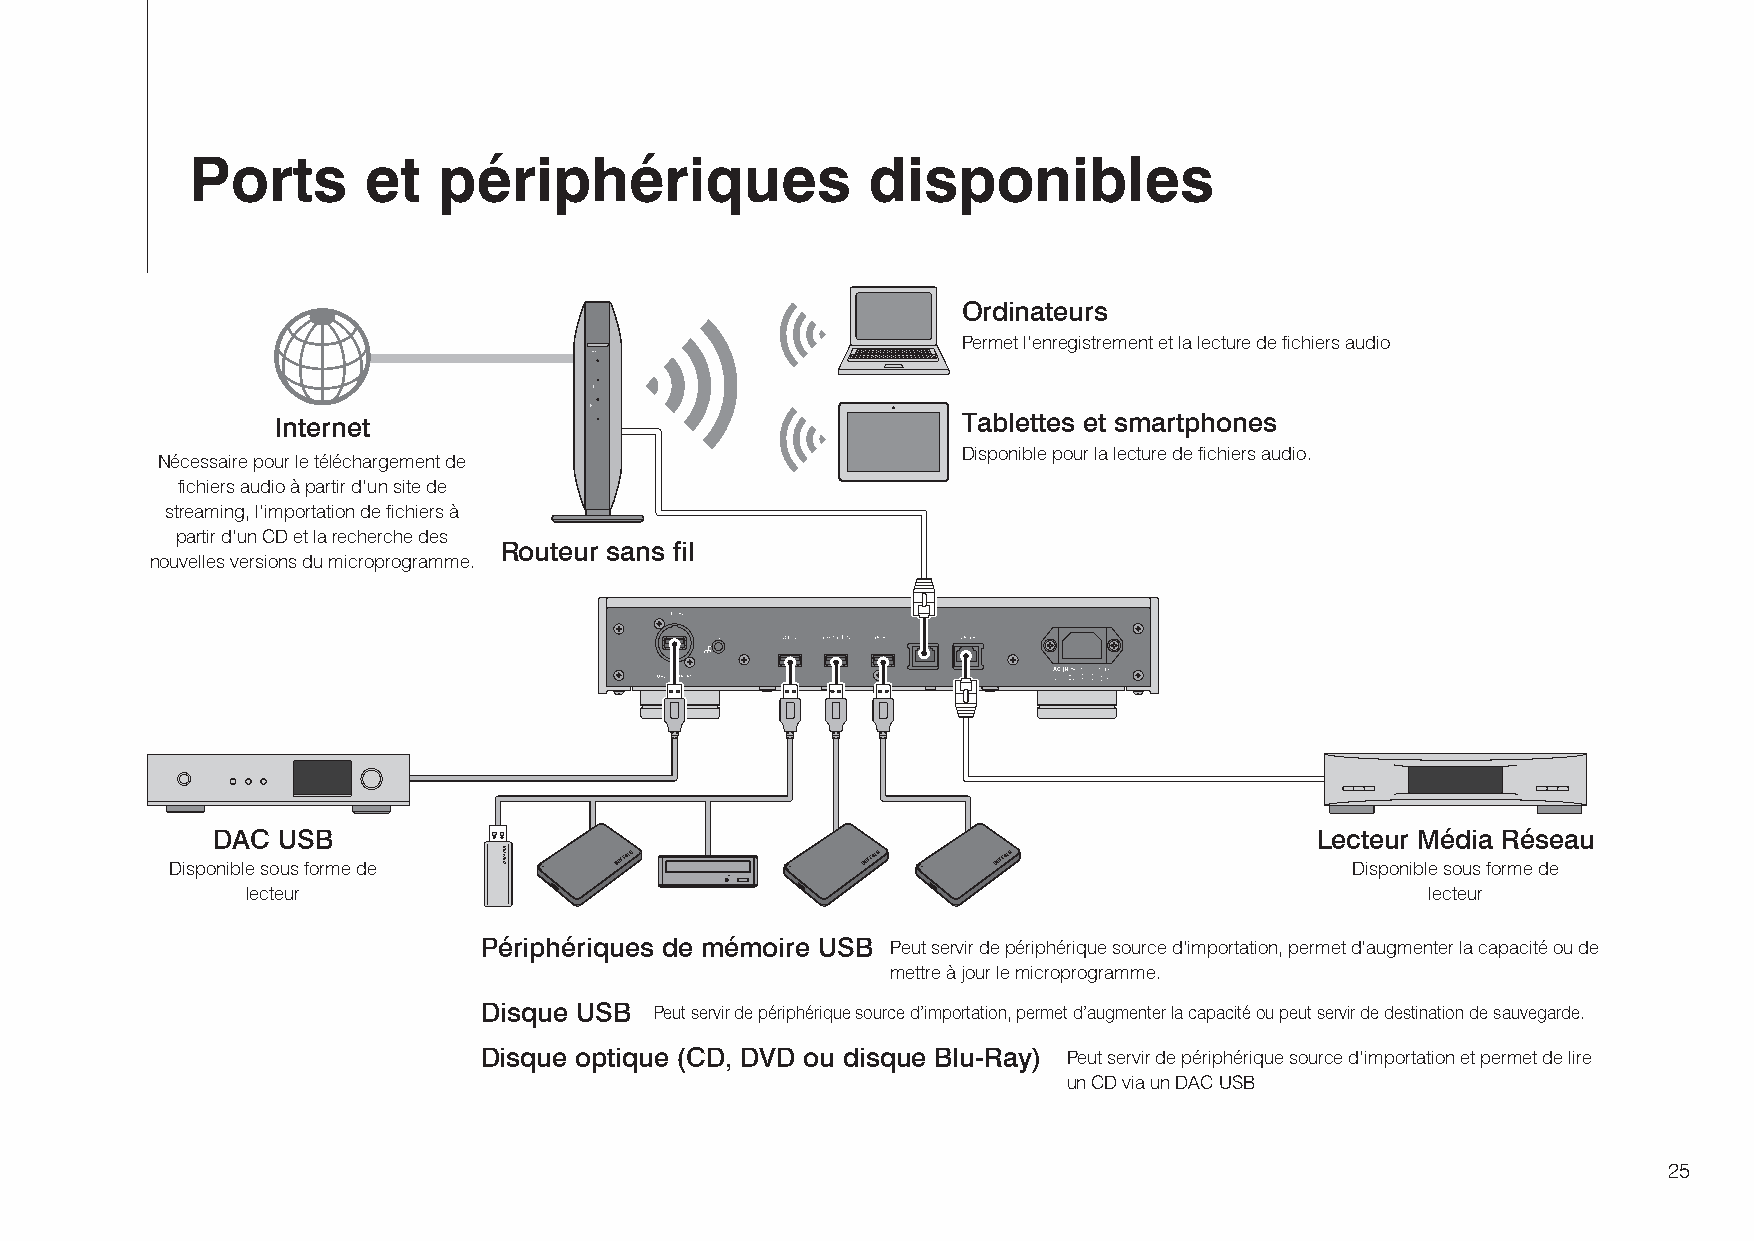
Ports      et   périphériques                disponibles
 Ordinateurs
 Permet l’enregistrement et la lecture de fichiers audio
 Internet                                      Tablettes et smartphones
 Disponible pour la lecture de fichiers audio.
 Nécessaire pour le téléchargement de
 fichiers audio à partir d’un site de
 streaming, l’importation de fichiers à
 partir d’un CD et la recherche des
 Routeur sans fil
 nouvelles versions du microprogramme.
 DAC USB                                                                  Lecteur Média Réseau
 Disponible sous forme de                                                      Disponible sous forme de
 lecteur                                                                        lecteur
 Périphériques de mémoire USB Peut servir de périphérique source d’importation, permet d’augmenter la capacité ou de
 mettre à jour le microprogramme.
 Disque USB Peut servir de périphérique source d’importation, permet d’augmenter la capacité ou peut servir de destination de sauvegarde.
 Disque optique (CD, DVD ou disque Blu-Ray) Peut servir de périphérique source d’importation et permet de lire
 un CD via un DAC USB
 25